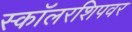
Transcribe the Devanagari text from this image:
स्कॉलरशिपवर